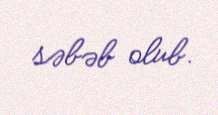
səbəb olub.